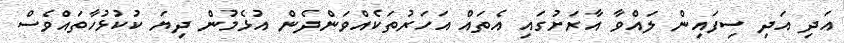
އަދި އަދި ސިފައިން ލައްވާ އާރަށުގައި އެތައް އަހަރުތަކެއްވަންދެން އުޅެމުން ދިޔަ ކުކުޅުހާތައްވެސް